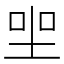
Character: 𡋑